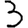
Digit: 3